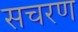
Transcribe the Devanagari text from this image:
सचरण